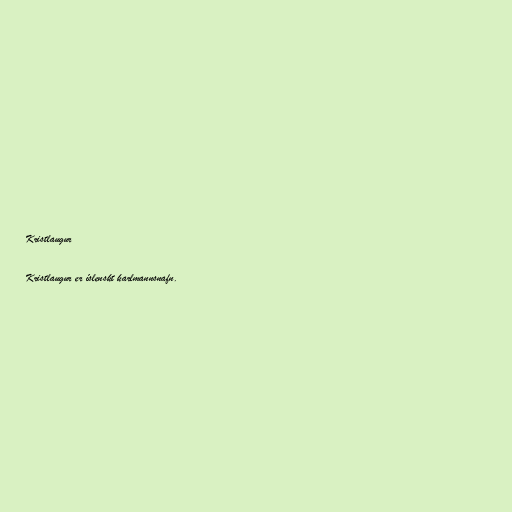
Kristlaugur

Kristlaugur er íslenskt karlmannsnafn.